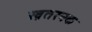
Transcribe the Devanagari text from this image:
ख़तरनक